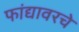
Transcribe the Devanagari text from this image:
फांद्यावरचे